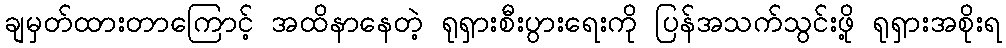
ချမှတ်ထားတာကြောင့် အထိနာနေတဲ့ ရုရှားစီးပွားရေးကို ပြန်အသက်သွင်းဖို့ ရုရှားအစိုးရ